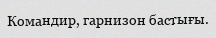
Командир, гарнизон бастығы.